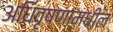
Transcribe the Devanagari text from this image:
अधिवृषणामधील